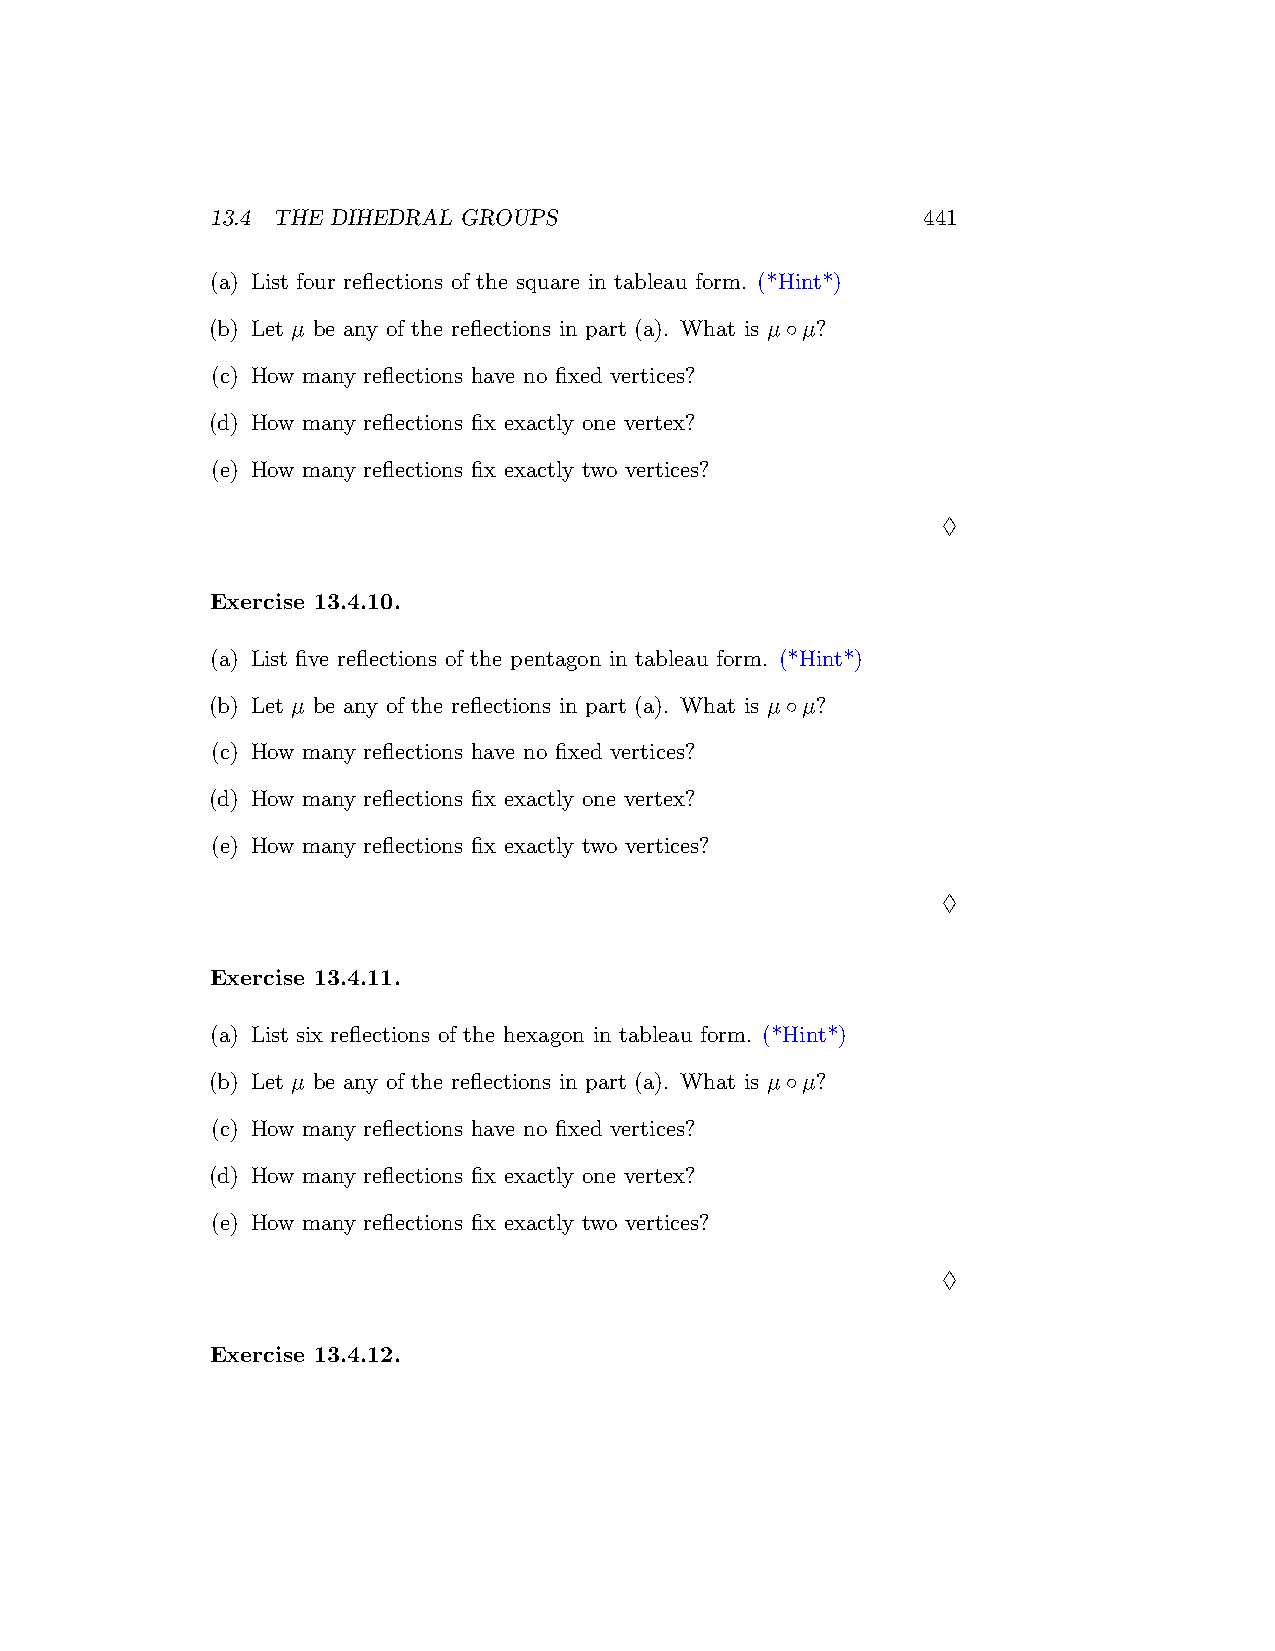
13.4 THE DIHEDRAL GROUPS                       441
 (a) List four reflections of the square in tableau form. (*Hint*)
 (b) Let µ be any of the reflections in part (a). What is µ◦µ?
 (c) How many reflections have no fixed vertices?
 (d) How many reflections fix exactly one vertex?
 (e) How many reflections fix exactly two vertices?
 ♢
 Exercise 13.4.10.
 (a) List five reflections of the pentagon in tableau form. (*Hint*)
 (b) Let µ be any of the reflections in part (a). What is µ◦µ?
 (c) How many reflections have no fixed vertices?
 (d) How many reflections fix exactly one vertex?
 (e) How many reflections fix exactly two vertices?
 ♢
 Exercise 13.4.11.
 (a) List six reflections of the hexagon in tableau form. (*Hint*)
 (b) Let µ be any of the reflections in part (a). What is µ◦µ?
 (c) How many reflections have no fixed vertices?
 (d) How many reflections fix exactly one vertex?
 (e) How many reflections fix exactly two vertices?
 ♢
 Exercise 13.4.12.